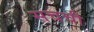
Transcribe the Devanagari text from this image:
सचची